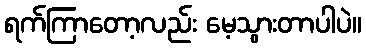
ရက်ကြာတော့လည်း မေ့သွားတာပါပဲ။